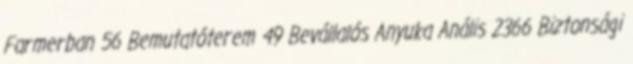
Farmerban 56 Bemutatóterem 49 Bevállalós Anyuka Anális 2366 Biztonsági